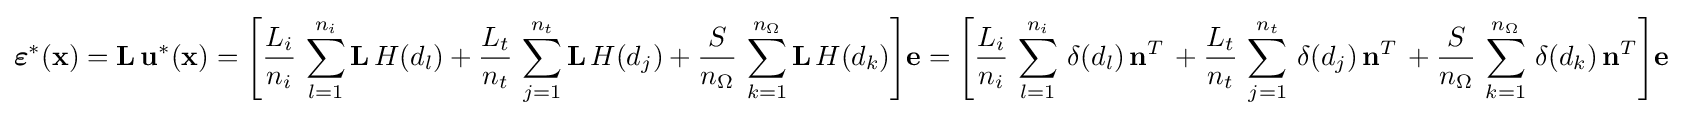
{\boldsymbol {\varepsilon }}^{*}(\mathbf {x} )=\mathbf {L} \,\mathbf {u} ^{*}(\mathbf {x} )={\Bigg [}{\frac {L_{i}}{n_{i}}}\,\sum _{l=1}^{n_{i}}\mathbf {L} \,H(d_{l})+{\frac {L_{t}}{n_{t}}}\,\sum _{j=1}^{n_{t}}\mathbf {L} \,H(d_{j})+{\frac {S}{n_{\Omega }}}\,\sum _{k=1}^{n_{\Omega }}\mathbf {L} \,H(d_{k}){\Bigg ]}\mathbf {e} ={\Bigg [}{\frac {L_{i}}{n_{i}}}\,\sum _{l=1}^{n_{i}}\,\delta (d_{l})\,\mathbf {n} ^{T}\,+{\frac {L_{t}}{n_{t}}}\,\sum _{j=1}^{n_{t}}\,\delta (d_{j})\,\mathbf {n} ^{T}\,+{\frac {S}{n_{\Omega }}}\,\sum _{k=1}^{n_{\Omega }}\,\delta (d_{k})\,\mathbf {n} ^{T}{\Bigg ]}\mathbf {e}